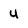
Character: 4